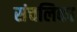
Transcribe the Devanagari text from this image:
संचलिका